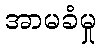
အာမခံမှု